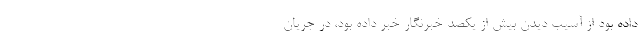
داده بود از آسیب دیدن بیش از یکصد خبرنگار خبر داده بود، در جریان